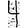
Digit: 4